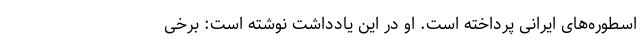
اسطوره‌های ایرانی پرداخته است. او در این یادداشت نوشته‌ است: برخی